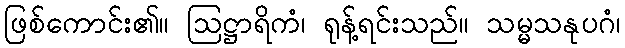
ဖြစ်ကောင်း၏။ ဩဋ္ဌာရိကံ၊ ရုန့်ရင်းသည်။ သမ္မသနုပဂံ၊